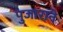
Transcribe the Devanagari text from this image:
पुजाराने